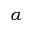
\alpha